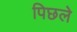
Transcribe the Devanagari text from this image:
पिछले